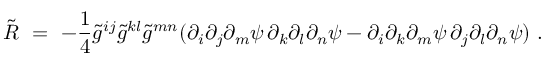
\tilde { R } \ = \ - \frac 1 4 \tilde { g } ^ { i j } \tilde { g } ^ { k l } \tilde { g } ^ { m n } ( \partial _ { i } \partial _ { j } \partial _ { m } \psi \, \partial _ { k } \partial _ { l } \partial _ { n } \psi - \partial _ { i } \partial _ { k } \partial _ { m } \psi \, \partial _ { j } \partial _ { l } \partial _ { n } \psi ) ~ .